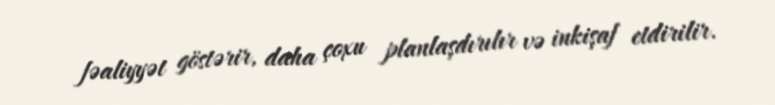
fəaliyyət göstərir, daha çoxu planlaşdırılır və inkişaf etdirilir.